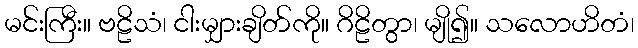
မင်းကြီး။ ဗဠိသံ၊ ငါးမျှားချိတ်ကို။ ဂိဠိတွာ၊ မျို၍။ သလောဟိတံ၊